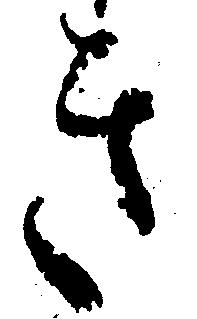
き